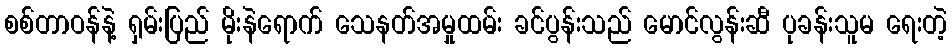
စစ်တာဝန်နဲ့ ရှမ်းပြည် မိုးနဲရောက် သေနတ်အမှုထမ်း ခင်ပွန်းသည် မောင်လွန်းဆီ ပုခန်းသူမ ရေးတဲ့